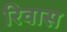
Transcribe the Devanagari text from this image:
रिवास